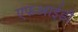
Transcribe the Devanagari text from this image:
एफआईडी